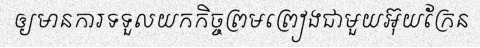
ឲ្យមានការទទួលយកកិច្ចព្រមព្រៀងជាមួយអ៊ុយក្រែន